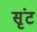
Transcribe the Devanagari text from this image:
सृंट